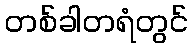
တစ်ခါတရံတွင်